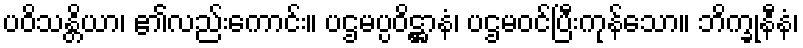
ပဝိသန္တိယာ၊ ၏လည်းကောင်း။ ပဌမပ္ပဝိဋ္ဌာနံ၊ ပဌမဝင်ပြီးကုန်သော။ ဘိက္ခုနီနံ၊